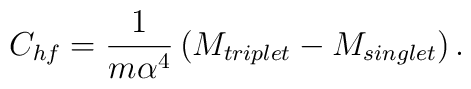
C_{hf}=\frac{1}{m\alpha^4}\left(M_{triplet}-M_{singlet}\right).